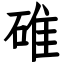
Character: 碓